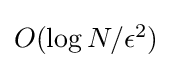
\textstyle O(\log N/\epsilon ^{2})